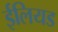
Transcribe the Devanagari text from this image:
ईलियड